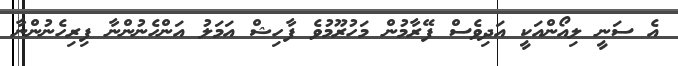
އެ ސަނީ ލިއޯންއަކީ އަދިވެސް ފޭރާމުން މަހުރޫމުވެ ފާހިޝް އަމަލު އަންހެނުންނާ ފިރިހެނުންނާ